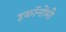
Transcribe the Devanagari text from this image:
इकॉनोंमी